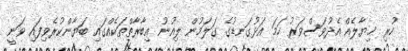
ހުރި ޚިޔާލެއް އެދުވަސްވަރު ހަމަ އަޅުގަނޑުގެ ގަލަމުން ލިއުނު ޢިބާރާތްތަކެއްގައި ބަޔާންކުރެވިފައި ވަނީ